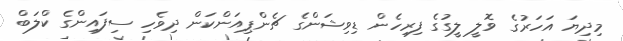
މިދިޔަ އަހަރުގެ ވޮލީ ލީގުގެ ފިރިހެން ޑިވިޝަންގެ ޗެންޕިއަންކަން ދިވެހި ސިފައިންގެ ކްލަބް